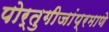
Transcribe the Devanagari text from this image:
पोर्तुगीजांप्रमाणे